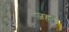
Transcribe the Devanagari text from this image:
जहल